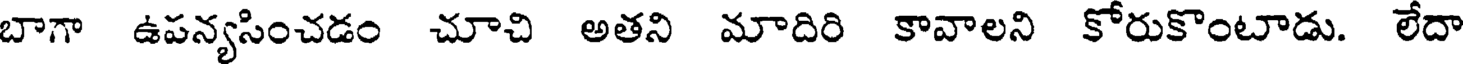
బాగా ఉపన్యసించడం చూచి అతని మాదిరి కావాలని కోరుకొంటాడు. లేదా